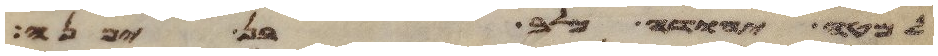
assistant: למטה יהודה כלב בן יפנה